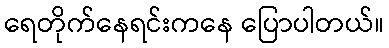
ရေတိုက်နေရင်းကနေ ပြောပါတယ်။